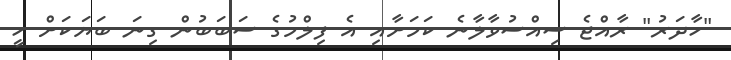
"ހާދަރު" ރާއްޖެ ސިއްސުވާލާނެ ކަމަށާއި އެ ފިލްމުގެ ސަބަބުން ގިނަ ބަޔަކަށް ހީ